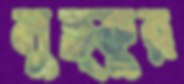
লুত্ফুর